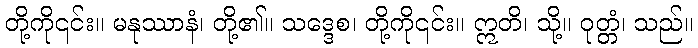
တို့ကို၎င်း။ မနုဿာနံ၊ တို့၏။ သဒ္ဒေစ၊ တို့ကို၎င်း။ ဣတိ၊ သို့။ ဝုတ္တံ၊ သည်။